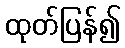
ထုတ်ပြန်၍